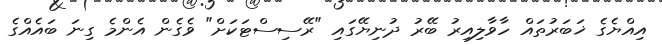
އިއްޔެގެ ޚަބަރުތައް ހާވާލިއިރު ބޭރު ދުނިޔޭގައި "ރޭސިސްޓަކަށް" ވެގެން އެންމެ ގިނަ ބައެއްގެ